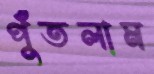
পুঁতলাম